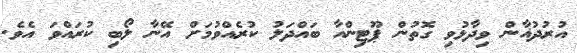
އުރުދުޣާން ވިދާޅުވި ގޮތުން ޕޫޓިންއާ ބައްދަލު ކުރެއްވުމަށް އޭނާ ލޯބި ކުރައްވަ އެވެ.